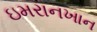
ઇમરાનખાન